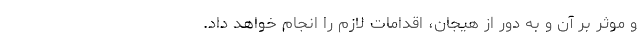
و موثر بر آن و به دور از هیجان، اقدامات لازم را انجام خواهد داد.